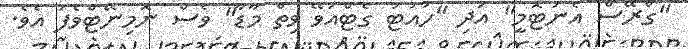
"ގްރޭސް އެނަޓޮމީ" އަދި "ހައުޓު ގެޓްއަވޭ ވިތް މާޑާ" ވެސް ނޮމިނޭޓްވެފަ އެވެ.